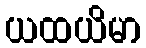
ယထယိမာ